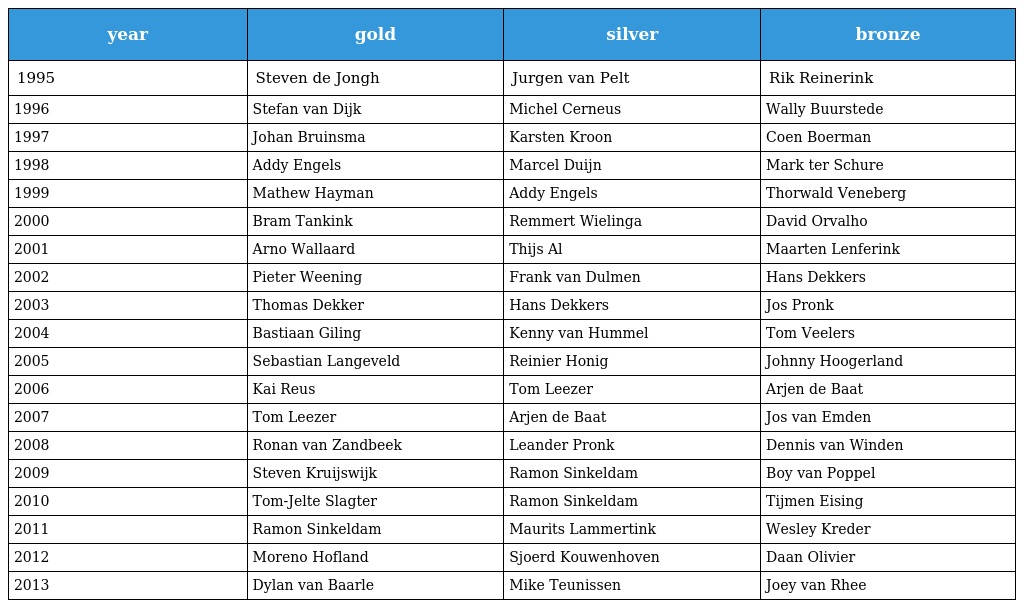
| year | gold | silver | bronze |
 | --- | --- | --- | --- |
 | 1995 | Steven de Jongh | Jurgen van Pelt | Rik Reinerink |
 | 1996 | Stefan van Dijk | Michel Cerneus | Wally Buurstede |
 | 1997 | Johan Bruinsma | Karsten Kroon | Coen Boerman |
 | 1998 | Addy Engels | Marcel Duijn | Mark ter Schure |
 | 1999 | Mathew Hayman | Addy Engels | Thorwald Veneberg |
 | 2000 | Bram Tankink | Remmert Wielinga | David Orvalho |
 | 2001 | Arno Wallaard | Thijs Al | Maarten Lenferink |
 | 2002 | Pieter Weening | Frank van Dulmen | Hans Dekkers |
 | 2003 | Thomas Dekker | Hans Dekkers | Jos Pronk |
 | 2004 | Bastiaan Giling | Kenny van Hummel | Tom Veelers |
 | 2005 | Sebastian Langeveld | Reinier Honig | Johnny Hoogerland |
 | 2006 | Kai Reus | Tom Leezer | Arjen de Baat |
 | 2007 | Tom Leezer | Arjen de Baat | Jos van Emden |
 | 2008 | Ronan van Zandbeek | Leander Pronk | Dennis van Winden |
 | 2009 | Steven Kruijswijk | Ramon Sinkeldam | Boy van Poppel |
 | 2010 | Tom-Jelte Slagter | Ramon Sinkeldam | Tijmen Eising |
 | 2011 | Ramon Sinkeldam | Maurits Lammertink | Wesley Kreder |
 | 2012 | Moreno Hofland | Sjoerd Kouwenhoven | Daan Olivier |
 | 2013 | Dylan van Baarle | Mike Teunissen | Joey van Rhee |